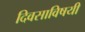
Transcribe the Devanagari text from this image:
दिवसाविषयी